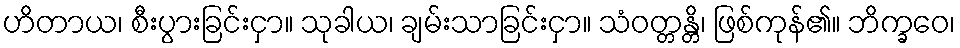
ဟိတာယ၊ စီးပွားခြင်းငှာ။ သုခါယ၊ ချမ်းသာခြင်းငှာ။ သံဝတ္တန္တိ၊ ဖြစ်ကုန်၏။ ဘိက္ခဝေ၊